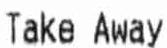
TAKE AWAY